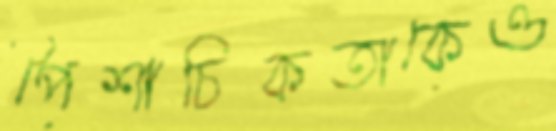
পৈশাচিকতাকেও